Scottish Certificate of Education, 1962
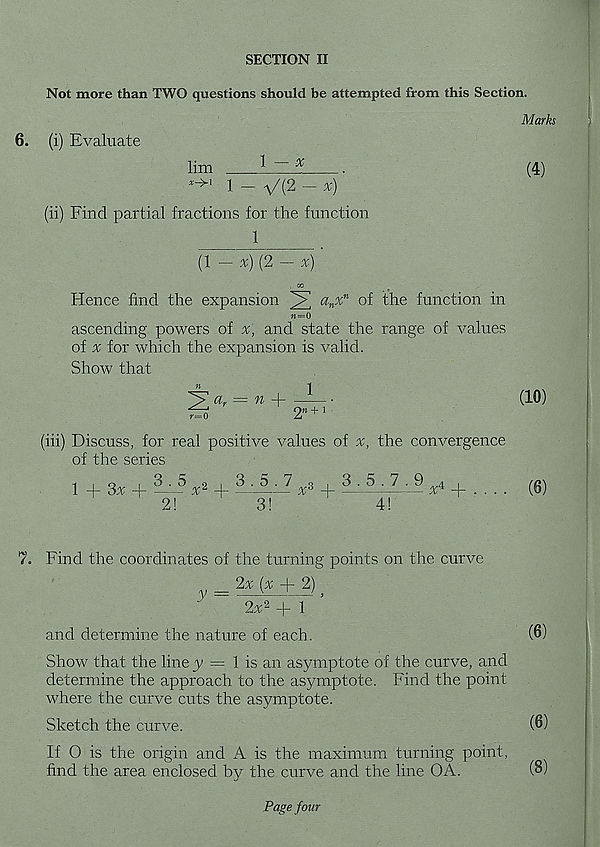
SECTION II
Not more than TWO questions should be attempted from this Section.
Marks
6. (i) Evaluate
lim
^ ~ %
.
(4)
^ 1 - V(2 - x)
(ii) Find partial fractions for the function
1
(1 - v) (2
a„x n of the function in
Hence find the expansion
n=0
ascending powers of x, and state the range of values
of x for which the expansion is valid.
Show that
«
1
'y' a. — n 4-
^0
2” +1
(iii) Discuss, for real positive values of x, the convergence
of the series
(10)
1 + 3x
3.5
2!
3 ,_5.7
3!
3.5.7.9
4!
x 4 + . . . . (6)
7. Find the coordinates of the turning points on the curve
v = 2x (x + 2) }
2x 2
1
and determine the nature of each.
(6)
Show that the line 3/ = 1 is an asymptote of the curve, and
determine the approach to the asymptote. Find the point
where the curve cuts the asymptote.
Sketch the curve.
(6)
If O is the origin and A is the maximum turning point,
find the area enclosed by the curve and the line OA.
(8)
Page four